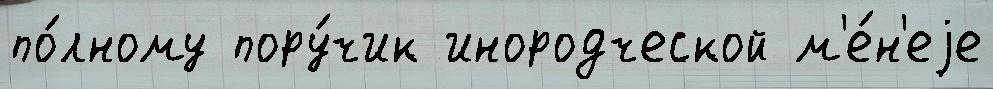
по́лному пору́чик инородческой м'е́н'еjе